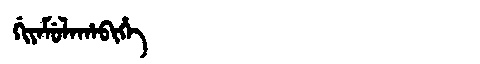
Manchu: ᡤᡳᠶᠠᠮᡠᠯᠠᡥᠠᠪᡳᡥᡝ
Romanization: GIYAMULAHABIHE